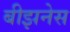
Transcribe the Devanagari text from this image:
बीझनेस